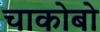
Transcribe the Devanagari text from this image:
चाकोबो